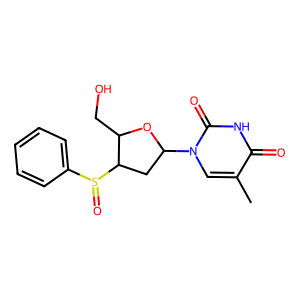
SMILES: Cc1cn(C2CC(S(=O)c3ccccc3)C(CO)O2)c(=O)[nH]c1=O
Inhibits HIV replication: No